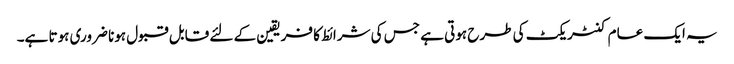
یہ ایک عام کنٹریکٹ کی طرح ہوتی ہے جس کی شرائط کا فریقین کے لئے قابل قبول ہونا ضروری ہوتا ہے۔